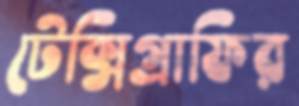
টেক্সিগ্রাফির